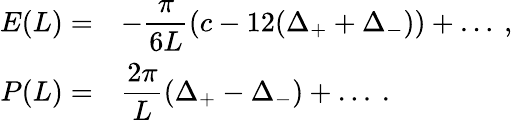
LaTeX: \begin{array}{rl}{{\displaystyle E(L)=}}&{{-\displaystyle\frac{\pi}{6L}\left(c-12(\Delta_{+}+\Delta_{-})\right)+\ldots\: ,}}\\ {{P(L)=}}&{{\displaystyle\frac{2\pi}{L}\left(\Delta_{+}-\Delta_{-}\right)+\ldots\: .}}\end{array}